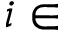
i \in